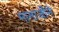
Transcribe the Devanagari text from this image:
मानाजीने